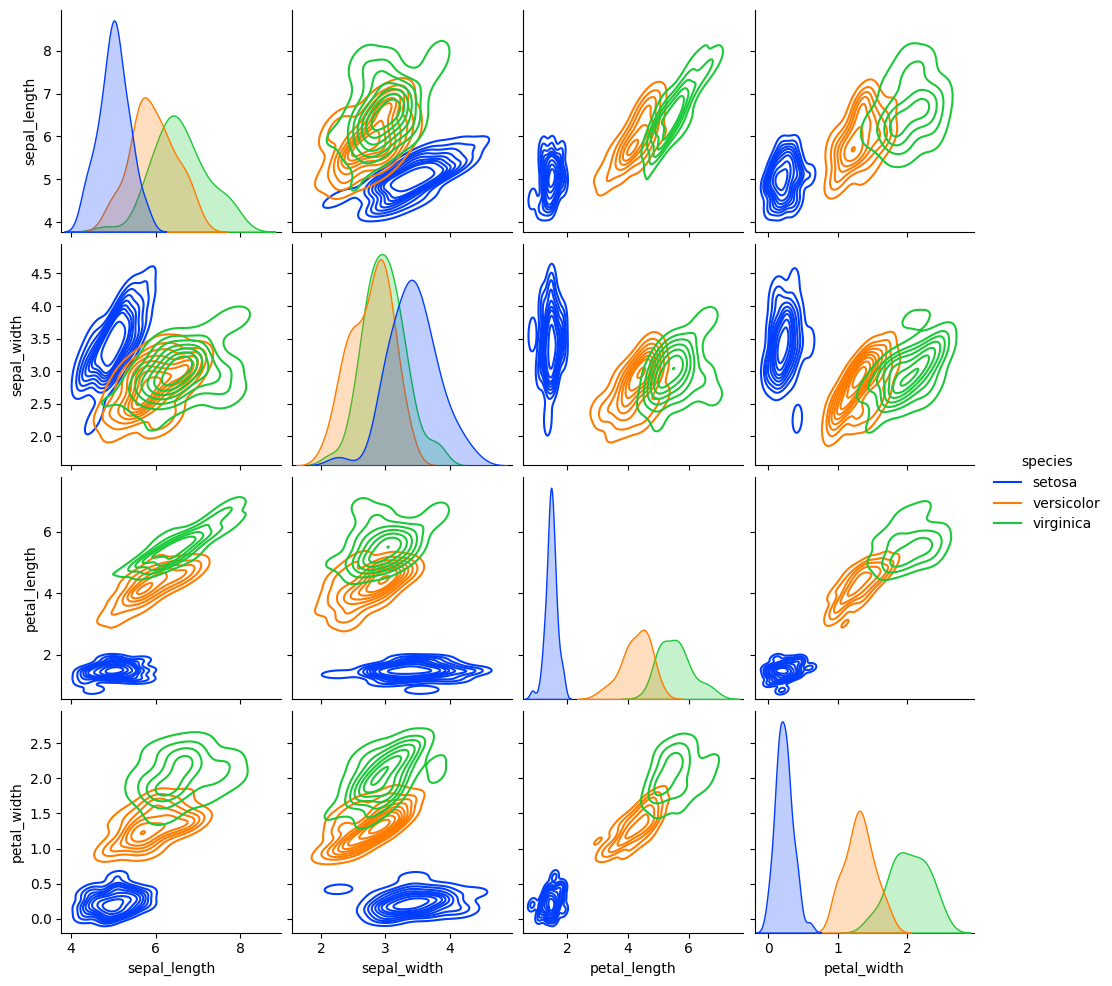
python, seaborn, pairplot, palette='bright', markers=['o'], kind='kde', diag_kind='kde'